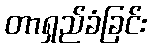
တာရှည်ခံခြင်း